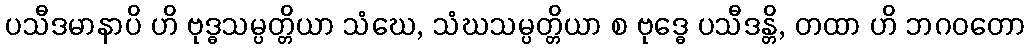
ပသီဒမာနာပိ ဟိ ဗုဒ္ဓသမ္ပတ္တိယာ သံဃေ, သံဃသမ္ပတ္တိယာ စ ဗုဒ္ဓေ ပသီဒန္တိ, တထာ ဟိ ဘဂဝတော